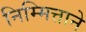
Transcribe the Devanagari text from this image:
निम्मित्ताने